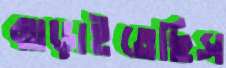
ঝাড়াইতেছিস